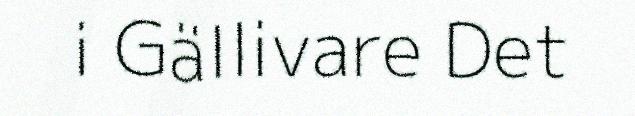
i Gällivare Det